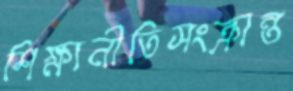
শিক্ষানীতিসংক্রান্ত